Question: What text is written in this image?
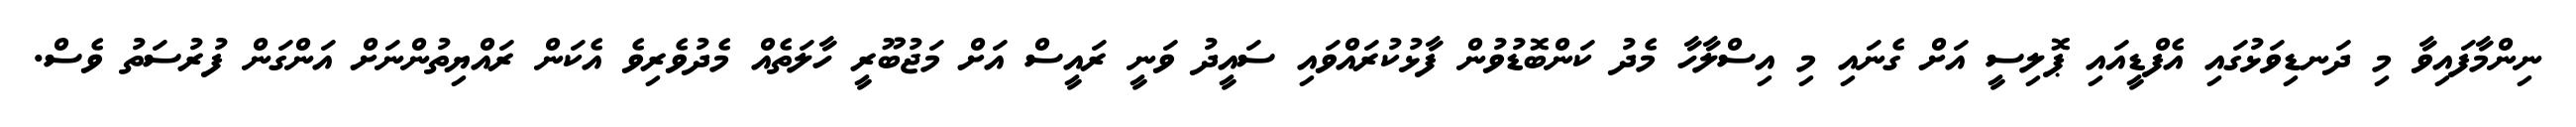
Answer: ނިންމާފައިވާ މި ދަނޑިވަޅުގައި އެފްޑީއައި ޕޮލިސީ އަށް ގެނައި މި އިސްލާހާ މެދު ކަންބޮޑުވުން ފާޅުކުރައްވައި ސައީދު ވަނީ ރައީސް އަށް މަޖުބޫރީ ހާލަތެއް މެދުވެރިވެ އެކަން ރައްޔިތުންނަށް އަންގަން ފުރުސަތު ވެސް.